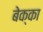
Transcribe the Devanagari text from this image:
बेक्का